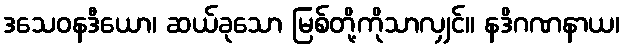
ဒသေဝနဒီယော၊ ဆယ်ခုသော မြစ်တို့ကိုသာလျှင်။ နဒိဂဏနာယ၊